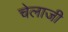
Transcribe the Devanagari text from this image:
चेलाजी